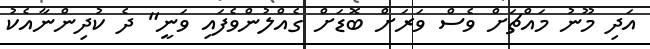
އަދި މޫނު މައްޗަށް ވެސް ވަރަށް ބޮޑަށް ގެއްލުންވެފައި ވަނީ" ދެ ކުދިންނާއެކު